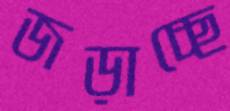
জড়াচ্ছে